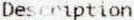
DESCRIPTION